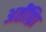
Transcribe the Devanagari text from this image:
अतींद्य्राि